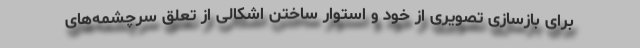
برای بازسازی تصویری از خود و استوار ساختن اشکالی از تعلق سرچشمه‌های